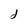
Character: d